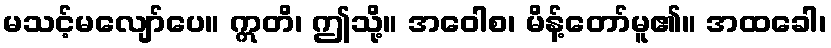
မသင့်မလျော်ပေ။ ဣတိ၊ ဤသို့။ အဝေါစ၊ မိန့်တော်မူ၏။ အထခေါ၊